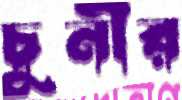
চুনীর